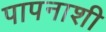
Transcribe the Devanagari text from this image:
पापनाशी